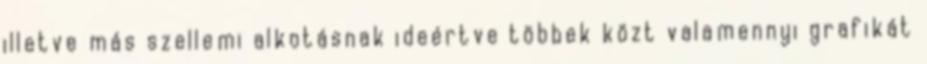
illetve más szellemi alkotásnak ideértve többek közt valamennyi grafikát